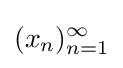
(x_{n})_{n=1}^{\infty }